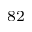
^ { 8 2 }